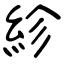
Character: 紾